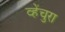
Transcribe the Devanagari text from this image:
व्हेंचुरा